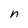
Character: n